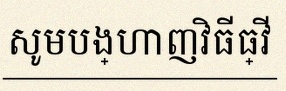
សូមបង្ហាញវិធីធ្វើ